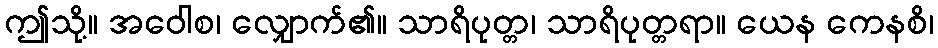
ဤသို့။ အဝေါစ၊ လျှောက်၏။ သာရိပုတ္တ၊ သာရိပုတ္တရာ။ ယေန ကေနစိ၊